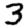
Digit: 3